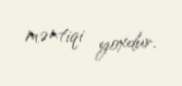
məntiqi yoxdur.